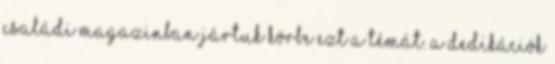
Családi Magazinban jártuk körbe ezt a témát. A dedikációk